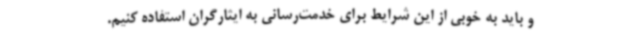
و باید به خوبی از این شرایط برای خدمت‌رسانی به ایثارگران استفاده کنیم.